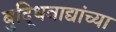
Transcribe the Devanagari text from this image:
बुद्धिवाद्यांच्या